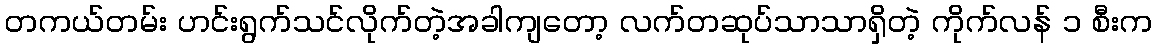
တကယ်တမ်း ဟင်းရွက်သင်လိုက်တဲ့အခါကျတော့ လက်တဆုပ်သာသာရှိတဲ့ ကိုက်လန် ၁ စီးက